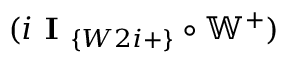
( i \textbf { I } _ { \{ W 2 i + \} } \circ \mathbb { W } ^ { + } )